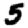
Digit: 5